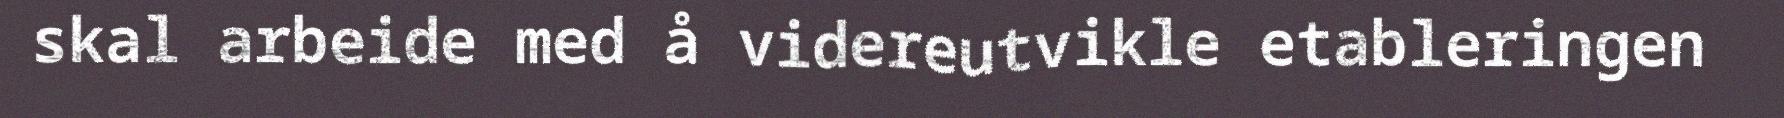
skal arbeide med å videreutvikle etableringen